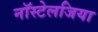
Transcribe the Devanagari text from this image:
नॉस्टेलजिया